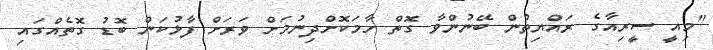
"މިއީ ސީރިއާގެ ރައްޔިތުން ބޭނުންވާ ގޮތް ހާމަކޮށްދިިނުމަށް ވަރަށް ފާޅުކަން ބޮޑު ގޮތެއްގައި